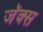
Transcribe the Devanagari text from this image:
जॅक्स